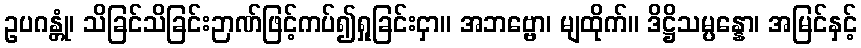
ဥပဂန္တုံ၊ သိခြင်သိခြင်းဉာဏ်ဖြင့်ကပ်၍ရှုခြင်းငှာ။ အဘဗ္ဗော၊ မျထိုက်။ ဒိဋ္ဌိသမ္ပန္နော၊ အမြင်နှင့်